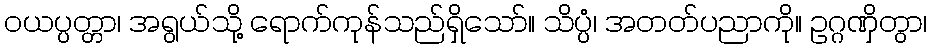
ဝယပ္ပတ္တာ၊ အရွယ်သို့ ရောက်ကုန်သည်ရှိသော်။ သိပ္ပံ၊ အတတ်ပညာကို။ ဥဂ္ဂဏှိတွာ၊